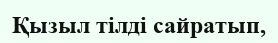
Қызыл тілді сайратып,